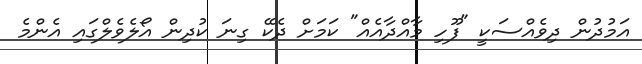
އަމުދުން ދިވެއްސަކީ "ފޫހި މާއްދާއެއް" ކަމަށް ދެކޭ ގިނަ ކުދިން އޯލެވެލްގައި އެންމެ